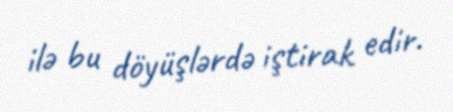
ilə bu döyüşlərdə iştirak edir.